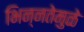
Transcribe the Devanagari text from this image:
भिन्‍नतेमुळे